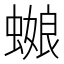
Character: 𰳕